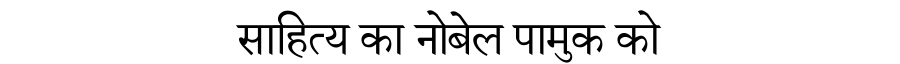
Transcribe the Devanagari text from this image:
साहित्य का नोबेल पामुक को